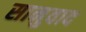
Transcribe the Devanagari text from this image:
सानुवाद